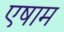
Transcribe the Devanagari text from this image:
एषाम